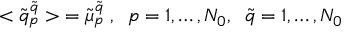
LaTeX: < \tilde { q } _ { p } ^ { \tilde { q } } > \; = \tilde { \mu } _ { p } ^ { \tilde { q } } \; , \; \; p = 1 , \dots , N _ { 0 } , \; \; \tilde { q } = 1 , \dots , N _ { 0 }